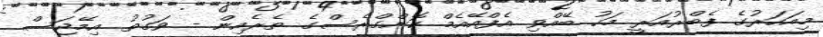
މިއަހަރުގެ ފެބްރުއަރީ މަހު ބޭއްވި އެފްއޭއެމް ކޮންގްރެސްގެ ތެރެއިން - ވަގުތު އިމޭޖަސް